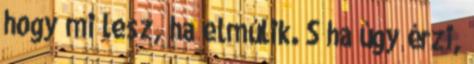
hogy mi lesz, ha elmúlik. S ha úgy érzi,